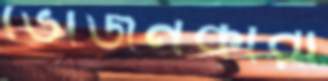
ভোজনকারী